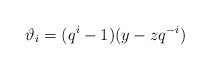
\begin{align*}\vartheta_i = (q^i-1)(y-zq^{-i})\end{align*}